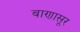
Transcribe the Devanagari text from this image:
बाणासूर